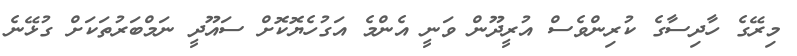
މިރޭގެ ހާދިސާގެ ކުރިންވެސް އުރީދޫން ވަނީ އެންމެ އަގުހެޔޮކޮށް ސައޫދީ ނަމްބަރުތަކަށް ގުޅޭނެ